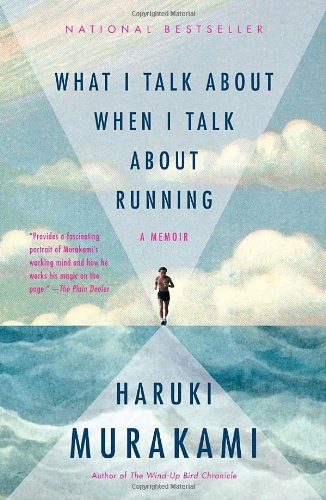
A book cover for What I Talk About When I Talk About Running (Vintage International); Haruki Murakami; Literature & Fiction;